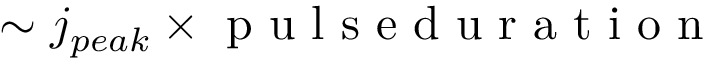
\sim j _ { p e a k } \times \textup { p u l s e d u r a t i o n }